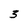
Character: 3